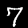
Label: 7